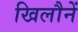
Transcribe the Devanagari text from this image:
खिलौनें